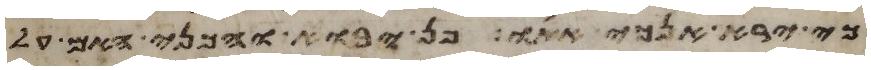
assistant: כי ירא אנכי אתו פן יבוא והכני האם על